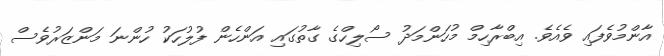
އާންމުވެފައި ވެއެވެ. އިބްރާހިމް މުހަންމަދު ސޯލިހްގެ ގާތުގައި އަންހެން ފުލުހަކު ހުންނަ މަންޒަރުވެސް